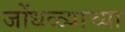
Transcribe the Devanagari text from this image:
जोंधळ्याच्या